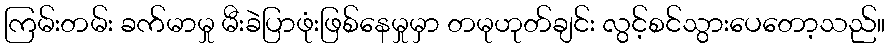
ကြမ်းတမ်း ခက်မာမှု မီးခဲပြာဖုံးဖြစ်နေမှုမှာ တမုဟုတ်ချင်း လွင့်စင်သွားပေတော့သည်။